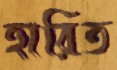
হারিত